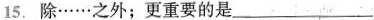
15.除……之外；更重要的是___